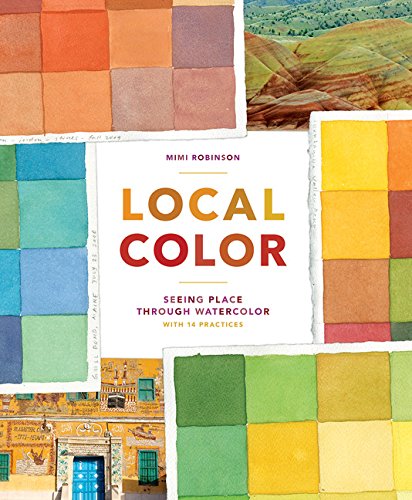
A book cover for Local Color: Seeing Place Through Watercolor; Mimi Robinson; Arts & Photography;